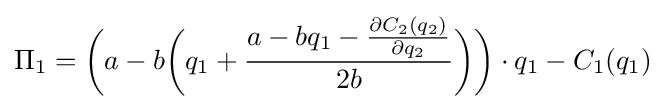
\Pi _{1}={\bigg (}a-b{\bigg (}q_{1}+{\frac {a-bq_{1}-{\frac {\partial C_{2}(q_{2})}{\partial q_{2}}}}{2b}}{\bigg )}{\bigg )}\cdot q_{1}-C_{1}(q_{1})